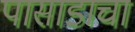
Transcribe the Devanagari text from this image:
पासाडाचा